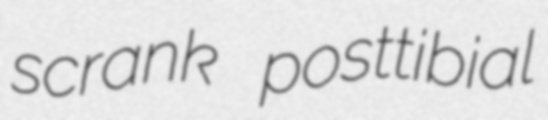
scrank posttibial